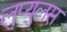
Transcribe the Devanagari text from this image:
लुप्युलस